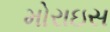
મોરાઇસ